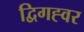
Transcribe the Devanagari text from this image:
द्विगह्वर